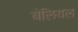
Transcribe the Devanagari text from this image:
बेलियल